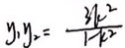
y _ { 1 } y _ { 2 } = \frac { 3 k ^ { 2 } } { 1 - k ^ { 2 } }